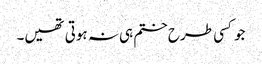
جو کسی طرح ختم ہی نہ ہوتی تھیں۔